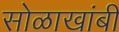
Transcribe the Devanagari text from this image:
सोळाखांबी